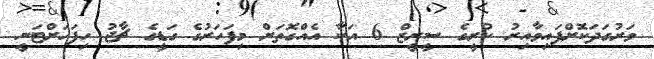
ވަރުގަދަކޮށްފައިވާއިރު ކުރީގެ ސީރީޒް 6 އަކާ އެއްގޮތަށް މިފަހަރުގެ ގަޑީގެ ޗާޖު ހިފަހަށްޓަނީ